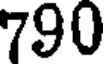
790